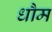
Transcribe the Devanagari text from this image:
धौम